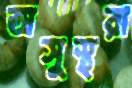
অসুস্থরা